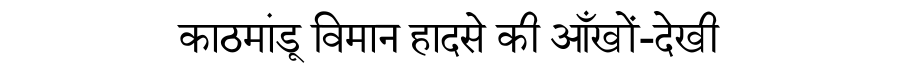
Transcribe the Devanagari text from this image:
काठमांडू विमान हादसे की आँखों-देखी